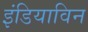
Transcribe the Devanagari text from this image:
इंडियाविन